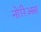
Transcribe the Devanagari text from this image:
नोरिअस